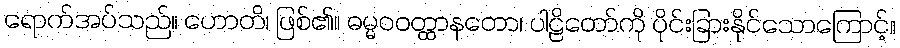
ရောက်အပ်သည်။ ဟောတိ၊ ဖြစ်၏။ ဓမ္မဝဝတ္ထာနတော၊ ပါဠိတော်ကို ပိုင်းခြားနိုင်သောကြောင့်။